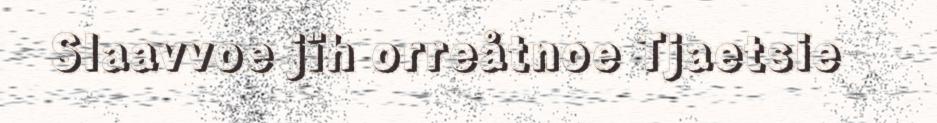
Slaavvoe jïh orreåtnoe Tjaetsie